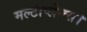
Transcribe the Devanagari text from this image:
मल्टीप्लेक्स।